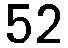
52